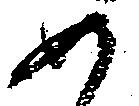
如